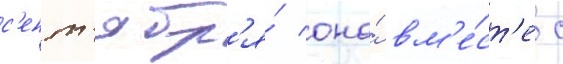
с'ент'ябр'я́ она́ вм'е́ст'е с